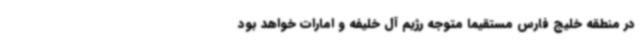
در منطقه خلیج فارس مستقیما متوجه رژیم آل خلیفه و امارات خواهد بود